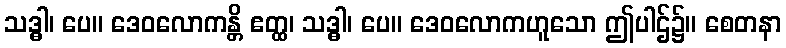
သဒ္ဓါ၊ ပေ။ ဒေဝလောကန္တိ ဧတ္ထ၊ သဒ္ဓါ၊ ပေ။ ဒေဝလောကဟူသော ဤပါဌ်၌။ စေတနာ